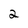
Character: 2